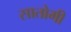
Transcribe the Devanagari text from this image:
सातोमी